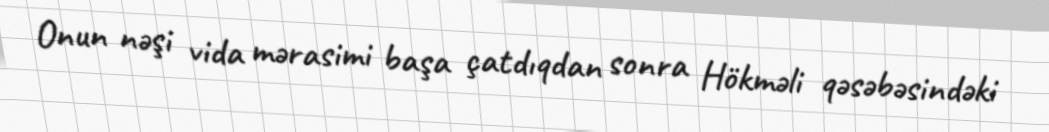
Onun nəşi vida mərasimi başa çatdıqdan sonra Hökməli qəsəbəsindəki